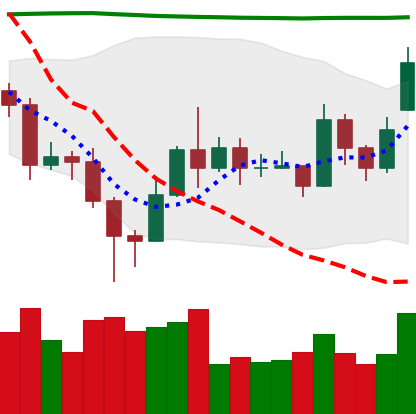
Ticker: EOS-USD
Chart end date: 2020-11-17
Forward return: 12.514%
Label: up_7plus